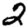
Digit: 2